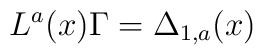
L^a(x)\Gamma=\Delta_{1,a}(x)